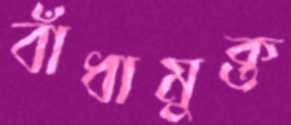
বাঁধামুক্ত